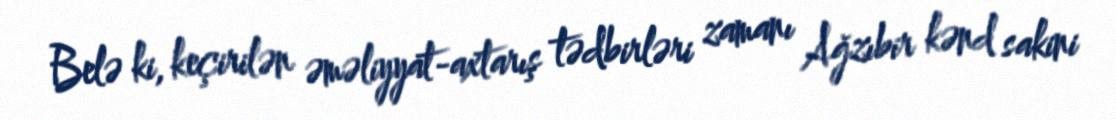
Belə ki, keçirilən əməliyyat-axtarış tədbirləri zamanı Ağzıbir kənd sakini